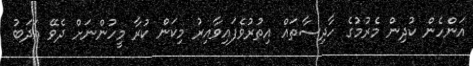
އަންހެން ކުދިން މެރުމުގެ ހާދިސާތައް އިތުރުވެފައިވާއިރު މިކަން ކުރާ މީހުންނަށް ދެވޭ އަދަބު